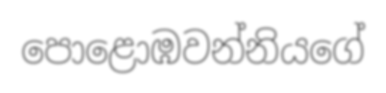
පොළොඹවන්නියගේ